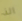
الذ